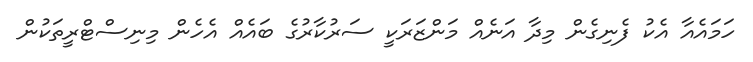
ހަމައެއާ އެކު ފެނިގެން މިދާ އަނެއް މަންޒަރަކީ ސަރުކާރުގެ ބައެއް އެހެން މިނިސްޓްރީތަކުން